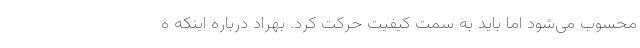
محسوب می‌شود اما باید به سمت کیفیت حرکت کرد. بهراد درباره اینکه ه